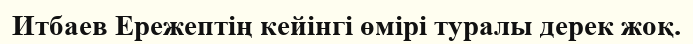
Итбаев Ережептің кейінгі өмірі туралы дерек жоқ.